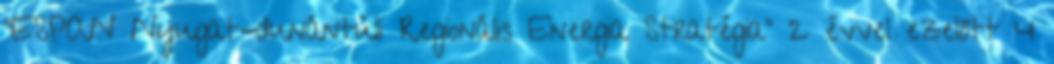
"ESPAN Nyugat-dunántúli Regionális Energia Stratégia" 2 évvel ezelőtt 4